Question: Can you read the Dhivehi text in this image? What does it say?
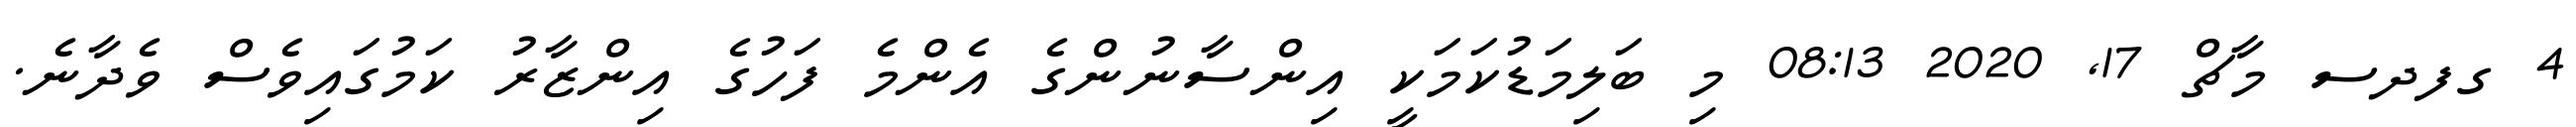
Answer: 4 ގފދސ މާޗް 17, 2020 08:13 މި ބަލިމަޑުކަމަކީ އިންސާނުންގެ އެންމެ ފަހުގެ އިންޒާރު ކަމުގައިވެސް ވެދާނެ.